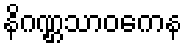
နိဂဏ္ဌသာဝကေန